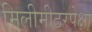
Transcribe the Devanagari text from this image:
मिलीमीटरपेक्षा